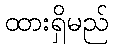
ထားရှိမည်